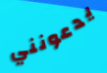
يدعونني